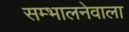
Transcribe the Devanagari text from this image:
सम्भालनेवाला